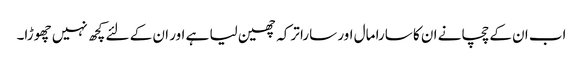
اب ان کے چچا نے ان کا سارا مال اور سارا ترکہ چھین لیا ہے اور ان کے لئے کچھ نہیں چھوڑا۔